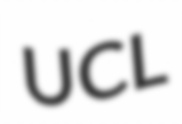
UCL